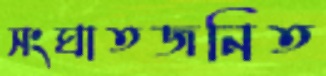
সংঘাতজনিত